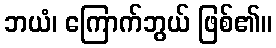
ဘယံ၊ ကြောက်ဘွယ် ဖြစ်၏။